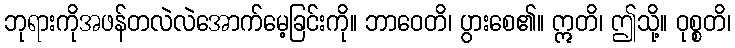
ဘုရားကိုအဖန်တလဲလဲအောက်မေ့ခြင်းကို။ ဘာဝေတိ၊ ပွားစေ၏။ ဣတိ၊ ဤသို့။ ဝုစ္စတိ၊